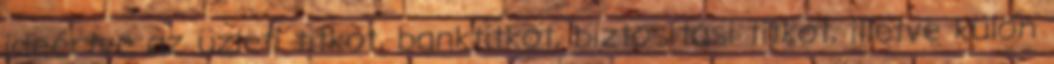
ideértve az üzleti titkot, banktitkot, biztosítási titkot, illetve külön